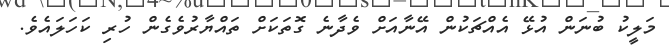
މަލީކު ބުނަން އުޅޭ އެއްޗަކުން އޭނާއަށް ވެދާނެ ގޮތަކަށް ތައްޔާރުވެގެން ހުރި ކަހަލައެވެ.